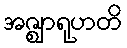
အဇ္ဈာရုဟတိ